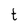
Character: t